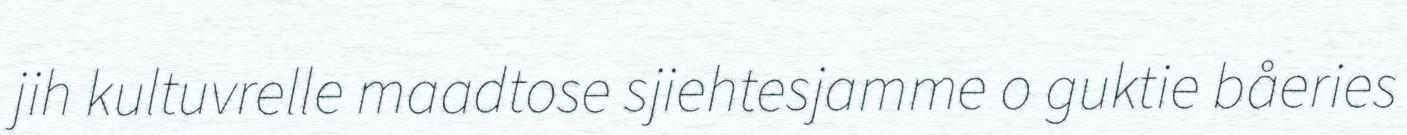
jih kultuvrelle maadtose sjiehtesjamme o guktie båeries